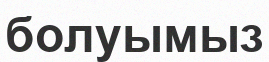
болуымыз